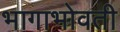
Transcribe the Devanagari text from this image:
भागाभोवती